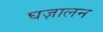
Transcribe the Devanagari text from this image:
घज़ालन